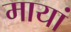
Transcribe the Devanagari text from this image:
मायां